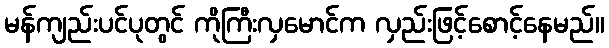
မန်ကျည်းပင်ပုတွင် ကိုကြီးလှမောင်က လှည်းဖြင့်စောင့်နေမည်။